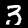
Label: 3